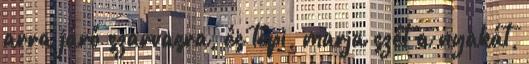
arra járó szarvasra, és tépi, marja szét a nyakát,